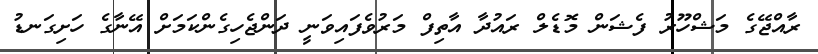
ރާއްޖޭގެ މަޝްހޫރު ފެޝަން މޮޑެލް ރައުދާ އާތިފް މަރުވެފައިވަނީ ދަންޖެހިގެންކަމަށް އޭނާގެ ހަށިގަނޑު